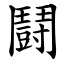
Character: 鬪